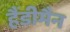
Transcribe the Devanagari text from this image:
हैंडीमैन